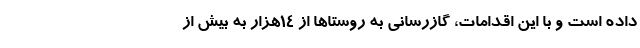
داده است و با این اقدامات، گازرسانی به روستاها از 14هزار به بیش از